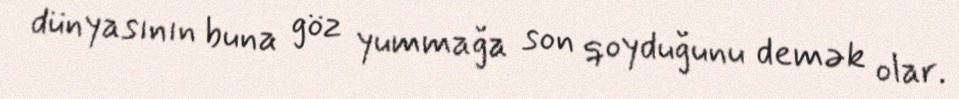
dünyasının buna göz yummağa son qoyduğunu demək olar.